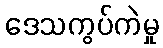
ဒေသကွပ်ကဲမှု